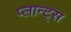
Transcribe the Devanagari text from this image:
प्लान्ट्स